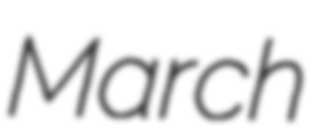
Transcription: March